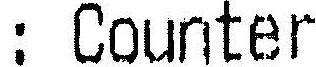
: COUNTER